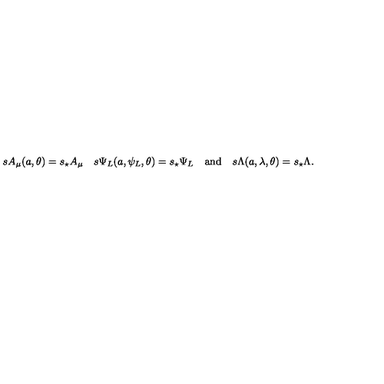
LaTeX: s A _ { \mu } ( a , \theta ) = s _ { \star } A _ { \mu } \quad s \Psi _ { L } ( a , \psi _ { L } , \theta ) = s _ { \star } \Psi _ { L } \quad \mathrm { a n d } \quad s \Lambda ( a , \lambda , \theta ) = s _ { \star } \Lambda .